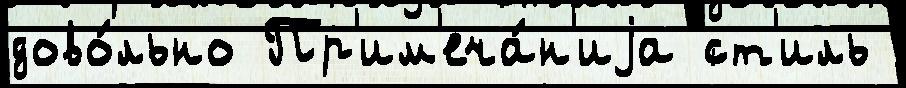
дово́льно Пр'им'еча́н'иjа ст'иль